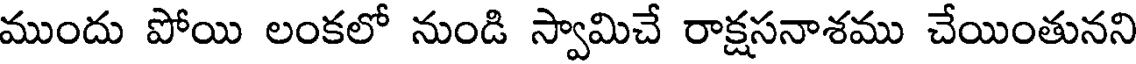
ముందు పోయి లంకలో నుండి స్వామిచే రాక్షసనాశము చేయింతునని